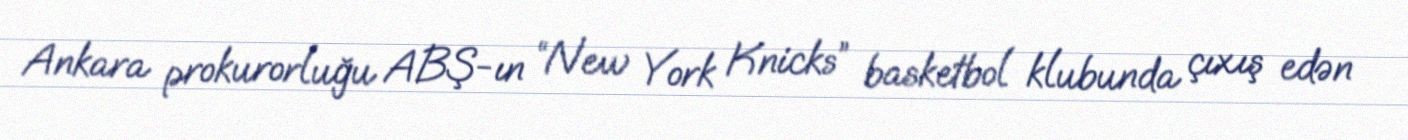
Ankara prokurorluğu ABŞ-ın “New York Knicks” basketbol klubunda çıxış edən